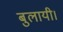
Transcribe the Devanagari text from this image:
बुलायी।